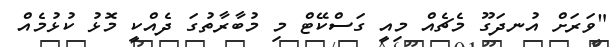
"ވަރަށް އުނދަގޫ މެޗެއް މިއީ ގަސްކޭޓް މި މުބާރާތުގަ ދެއްކީ މޮޅު ކުޅުމެއް